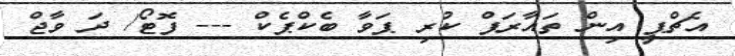
އެޗްޕީ އިން ތައާރަފް ކުރި ޕަވާ ބެކްޕެކް --- ފޮޓޯ/ ދަ ވާޖް